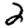
Digit: 2